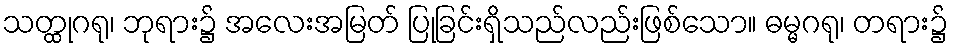
သတ္ထုဂရု၊ ဘုရား၌ အလေးအမြတ် ပြုခြင်းရှိသည်လည်းဖြစ်သော။ ဓမ္မဂရု၊ တရား၌